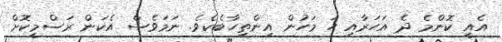
އެއީ ކޮންމެ ދެ އަހަރާއި ހަ މަހުން އިންތިހާބެކެވެ. ނަމަވެސް އެކަން ރަސްމީކޮށް